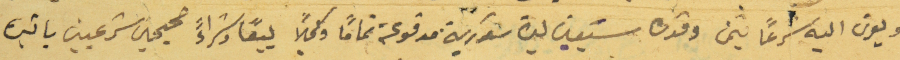
ويعرف اليه شرعاً بثمن وقدره سَبعين ليرة سَورية مدفوعة تماماً وكمالاً بيعاً وشراءً صحيحين باتين